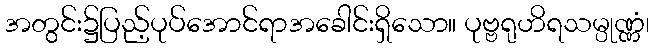
အတွင်း၌ပြည့်ပုပ်အောင်ရာအခေါင်းရှိသော။ ပုဗ္ဗရုဟိရသမ္ပုဏ္ဏံ၊